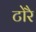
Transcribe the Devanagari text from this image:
टोरै